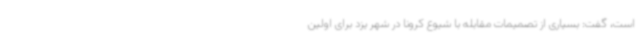
است، گفت: بسیاری از تصمیمات مقابله با شیوع کرونا در شهر یزد برای اولین